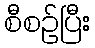
စီစဉ်ပြီး